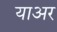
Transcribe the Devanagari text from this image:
याअर